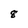
Character: 8